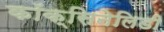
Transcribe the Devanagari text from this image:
कॉक्सिनेलिडी